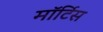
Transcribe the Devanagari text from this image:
मॉर्टिस